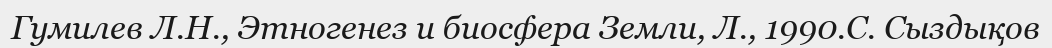
Гумилев Л.Н., Этногенез и биосфера Земли, Л., 1990.С. Сыздықов